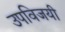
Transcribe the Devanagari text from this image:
उपविजयी